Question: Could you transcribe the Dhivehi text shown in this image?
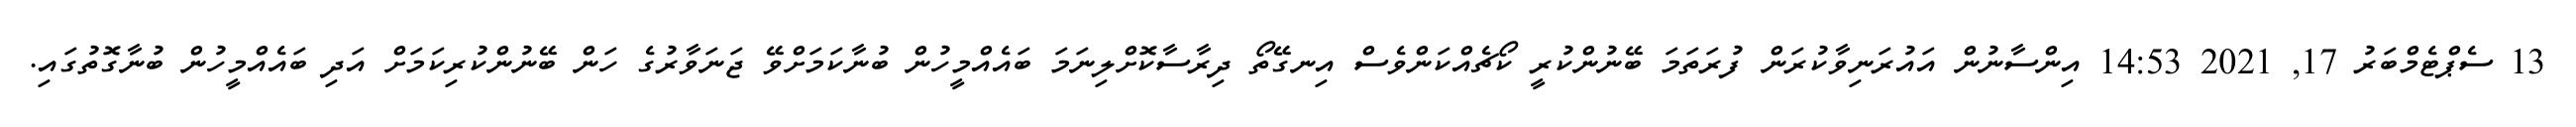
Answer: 13 ސެޕްޓެމްބަރު 17, 2021 14:53 އިންސާނުން އައުރަނިވާކުރަން ފުރަތަމަ ބޭނުންކުރީ ކޯޗެއްކަންވެސް އިނގޭތޯ ދިރާސާކޮށްލިނަމަ ބައެއްމީހުން ބުނާކަމަށްވޭ ޖަނަވާރުގެ ހަން ބޭނުންކުރިކަމަށް އަދި ބައެއްމީހުން ބުނާގޮތުގައި.